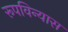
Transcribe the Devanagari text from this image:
रूपविन्यास